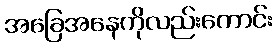
အခြေအနေကိုလည်းကောင်း